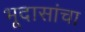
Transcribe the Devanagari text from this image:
भूदासांचा